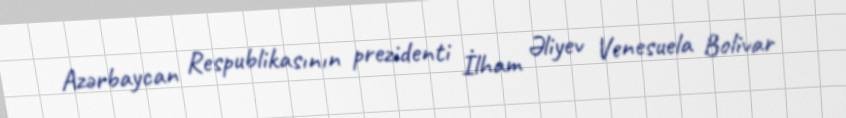
Azərbaycan Respublikasının prezidenti İlham Əliyev Venesuela Bolivar